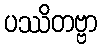
ပဿိတဗ္ဗာ